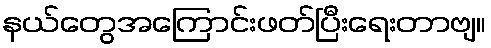
နယ်တွေအကြောင်းဖတ်ပြီးရေးတာဗျ။